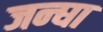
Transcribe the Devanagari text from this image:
जन्घा